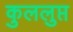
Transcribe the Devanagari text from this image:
कुललुप्त